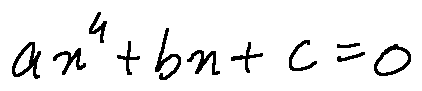
a x ^ { 4 } + b x + c = 0